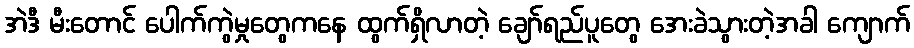
အဲဒီ မီးတောင် ပေါက်ကွဲမှုတွေကနေ ထွက်ရှိလာတဲ့ ချော်ရည်ပူတွေ အေးခဲသွားတဲ့အခါ ကျောက်